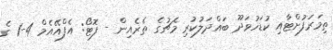
ތިމަރަފުށްޓާއި ކުޑަހުވަދޫ ބައްދަލުކުރި މެޗުގެ ތެރެއިން - ފޮޓޯ: އެފްއޭއެމް 4-1 ގެ